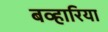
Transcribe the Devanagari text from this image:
बव्हारिया